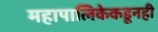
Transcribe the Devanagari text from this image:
महापालिकेकडूनही